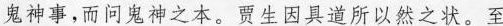
鬼神事，而问鬼神之本。贾生因具道所以然之状。至